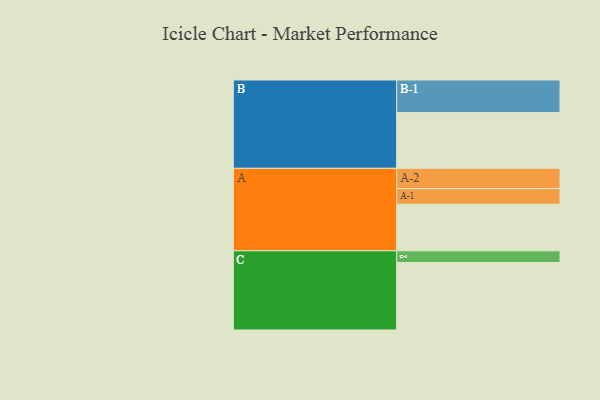
{"axis": {"x": "Segment", "y": "Value"}, "legend": ["", "A", "B", "C"], "data": [{"x": "A", "y": 414, "type": ""}, {"x": "B", "y": 495, "type": ""}, {"x": "C", "y": 599, "type": ""}, {"x": "A-1", "y": 138, "type": "A"}, {"x": "A-2", "y": 180, "type": "A"}, {"x": "B-1", "y": 289, "type": "B"}, {"x": "C-1", "y": 104, "type": "C"}]}